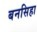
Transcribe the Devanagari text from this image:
बनसिहा